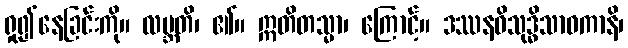
ရှု၍နေခြင်းကို။ လဗ္ဘတိ၊ ၏။ ဣတိတသ္မာ၊ ကြောင့်။ ဒဿနဝိသုဒ္ဓိသာဓကာနိ၊